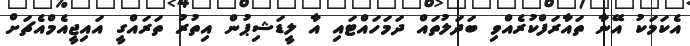
އެކަމަކު އޭނާ ތައާރަފްކުރެއްވި ބަދަލުތައް ދަމަހައްޓައި އާ ލީޑަޝިޕުން އިތުރު ތަރައްގީ އައިޖީއެމްއެޗަށް